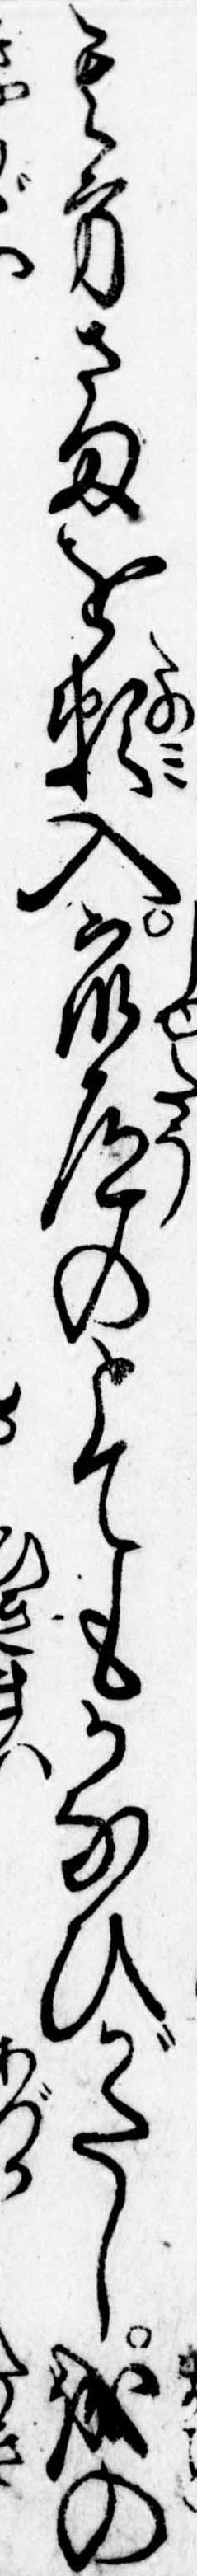
其方さまを頼入衆道のとてもかなひがたし誠の